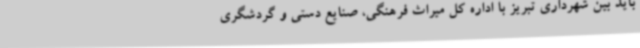
باید بین شهرداری تبریز با اداره کل میراث فرهنگی، صنایع دستی و گردشگری